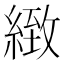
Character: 緻